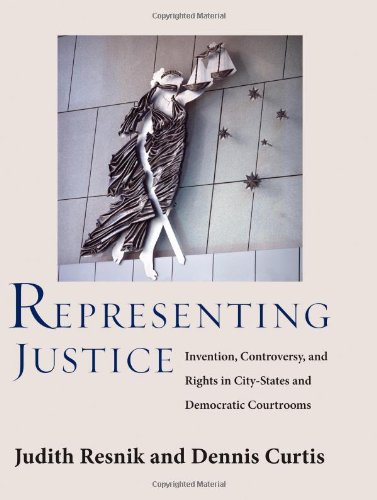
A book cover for Representing Justice: Invention, Controversy, and Rights in City-States and Democratic Courtrooms (Yale Law Library Series in Legal History and Reference); Judith Resnik; Law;